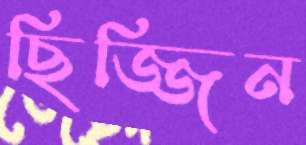
ছিজ্জিন